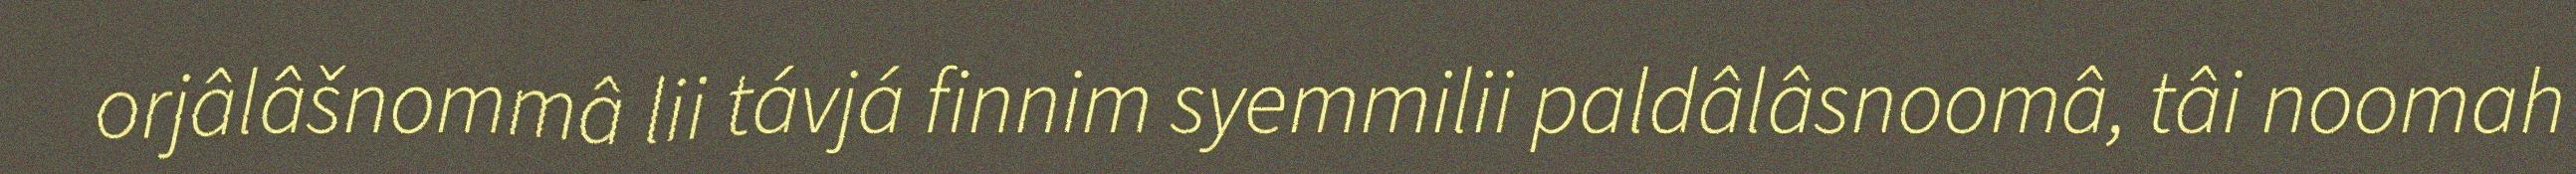
orjâlâšnommâ lii távjá finnim syemmilii paldâlâsnoomâ, tâi noomah